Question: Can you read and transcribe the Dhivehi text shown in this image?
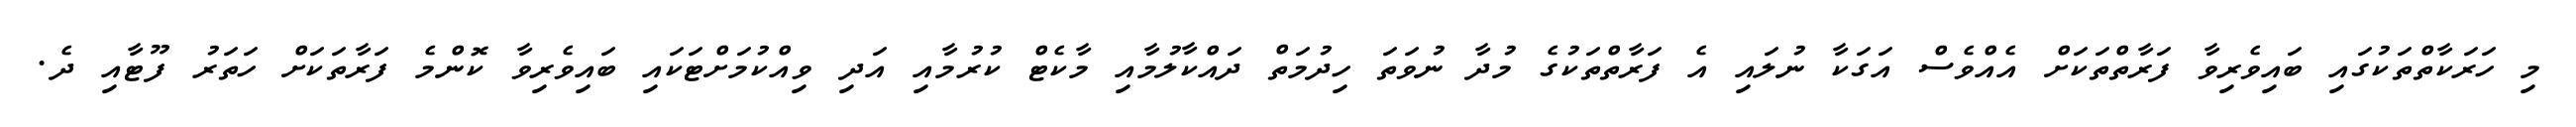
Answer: މި ހަރަކާތްތަކުގައި ބައިވެރިވާ ފަރާތްތަކަށް އެއްވެސް އަގަކާ ނުލައި އެ ފަރާތްތަކުގެ މުދާ ނުވަތަ ހިދުމަތް ދައްކާލުމާއި މާކެޓް ކުރުމާއި އަދި ވިއްކުމަށްޓަކައި ބައިވެރިވާ ކޮންމެ ފަރާތަކަށް ހަތަރު ފޫޓާއި ދެ.